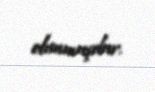
olunmuşdur.